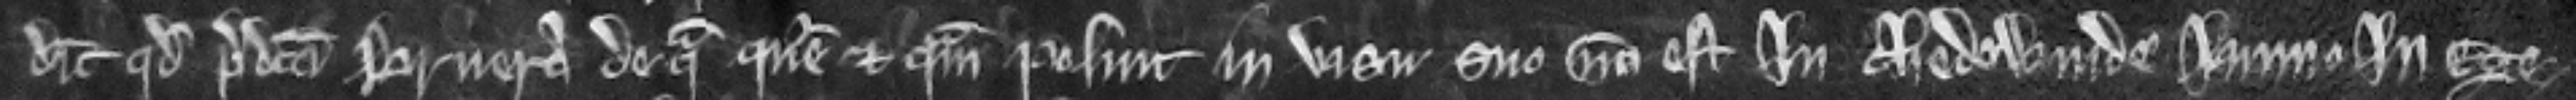
dicit quod predicta bruera de qua queritur et quam posuit in visu suo non est in Chedewinde immo in Ege